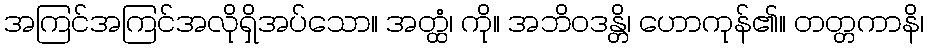
အကြင်အကြင်အလိုရှိအပ်သော။ အတ္ထံ၊ ကို။ အဘိဝဒန္တိ၊ ဟောကုန်၏။ တတ္တကာနိ၊